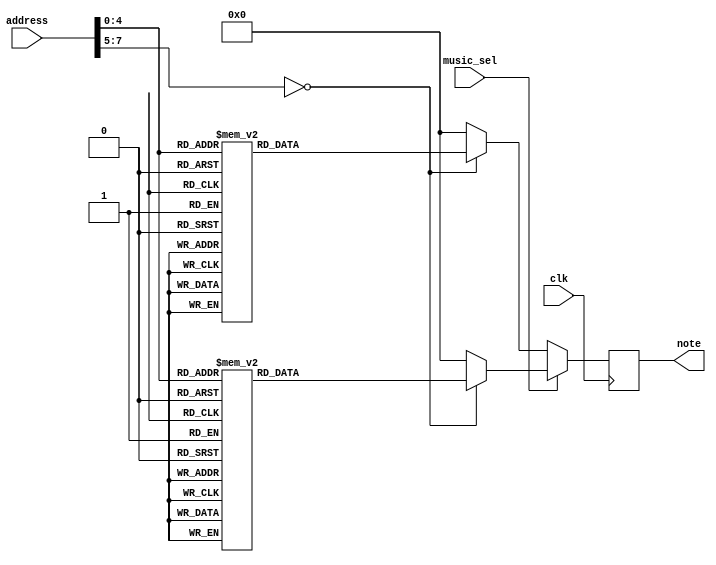
`timescale 1ns / 1ps

module music_ROM(
	input clk,
	input [7:0] address,
	input music_sel,
	output reg [7:0] note
);

always @(posedge clk)
	if(music_sel == 0)
	begin
		case(address)
			0: 
				note<= 8'd27;
			1: 
				note<= 8'd26;
			2: 
				note<= 8'd27;
			3: 
				note<= 8'd28;
			4: 
				note<= 8'd25;
			5: 
				note<= 8'd26;
			6: 
				note<= 8'd22;
			7: 
				note<= 8'd24;
			8: 
				note<= 8'd27;
			9: 
				note<= 8'd26;
			10: 
				note<= 8'd27;
			11: 
				note<= 8'd28;
			12: 
				note<= 8'd25;
			13: 
				note<= 8'd26;
			14: 
				note<= 8'd22;
			15: 
				note<= 8'd24;
			16: 
				note<= 8'd27;
			17: 
				note<= 8'd26;
			18: 
				note<= 8'd27;
			19: 
				note<= 8'd28;
			20: 
				note<= 8'd25;
			21: 
				note<= 8'd26;
			22: 
				note<= 8'd22;
			23: 
				note<= 8'd24;
			24: 
				note<= 8'd27;
			25: 
				note<= 8'd26;
			26: 
				note<= 8'd27;
			27: 
				note<= 8'd28;
			28: 
				note<= 8'd25;
			29: 
				note<= 8'd26;
			30: 
				note<= 8'd22;
			31: 
				note<= 8'd24;
				
			default: note <= 8'd0;
		endcase
	 end
	else
	 begin
		case(address)
			0: 
				note<= 8'd25;
			1: 
				note<= 8'd26;
			2: 
				note<= 8'd27;
			3: 
				note<= 8'd26;
			4: 
				note<= 8'd29;
			5: 
				note<= 8'd22;
			6: 
				note<= 8'd22;
			7: 
				note<= 8'd24;
			8: 
				note<= 8'd27;
			9: 
				note<= 8'd26;
			10: 
				note<= 8'd28;
			11: 
				note<= 8'd28;
			12: 
				note<= 8'd24;
			13: 
				note<= 8'd29;
			14: 
				note<= 8'd28;
			15: 
				note<= 8'd27;
			16: 
				note<= 8'd23;
			17: 
				note<= 8'd26;
			18: 
				note<= 8'd27;
			19: 
				note<= 8'd29;
			20: 
				note<= 8'd25;
			21: 
				note<= 8'd26;
			22: 
				note<= 8'd22;
			23: 
				note<= 8'd24;
			24: 
				note<= 8'd27;
			25: 
				note<= 8'd26;
			26: 
				note<= 8'd27;
			27: 
				note<= 8'd28;
			28: 
				note<= 8'd25;
			29: 
				note<= 8'd26;
			30: 
				note<= 8'd22;
			31: 
				note<= 8'd24;
				
			default: note <= 8'd0;
		endcase
	 end
endmodule